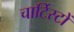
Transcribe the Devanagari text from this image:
चार्टिस्टों